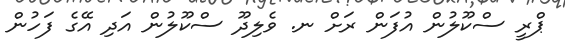
ޕްރީ ސްކޫލުން އުފަން ރަށް ނ. ވެލިދޫ ސްކޫލުން އަދި އޭގެ ފަހުން